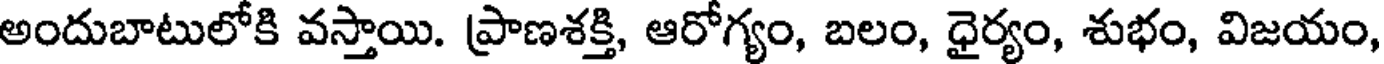
అందుబాటులోకి వస్తాయి. ప్రాణశక్తి, ఆరోగ్యం, బలం, ధైర్యం, శుభం, విజయం,